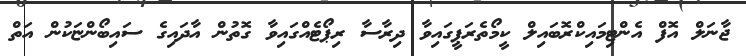
ޖާނަލް އޮފް އެންޓިމައިކްރޮބައިލް ކީމޯތެރަޕީގައިވާ ދިރާސާ ރިޕޯޓެއްގައިވާ ގޮތުން އާދައިގެ ސައިބޯންޏަކުން އަތް